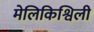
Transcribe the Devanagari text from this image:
मेलिकिश्विली